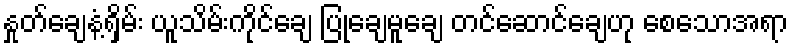
နှုတ်ချေနံ့ရှိမ်း ယူသိမ်းကိုင်ချေ ပြုချေမူချေ တင်ဆောင်ချေဟု စေသောအရာ